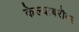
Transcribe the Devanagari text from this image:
केल्याबरॊबर